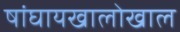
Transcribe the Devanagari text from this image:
षांघायखालोखाल